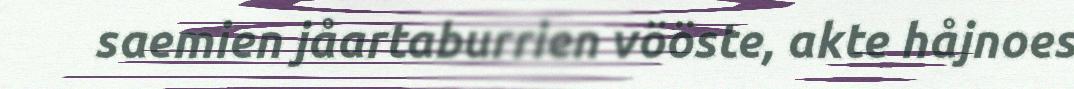
saemien jåartaburrien vööste, akte håjnoes